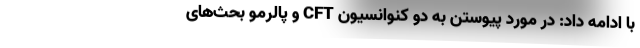
با ادامه داد: در مورد پیوستن به دو کنوانسیون CFT و پالرمو بحث‌های